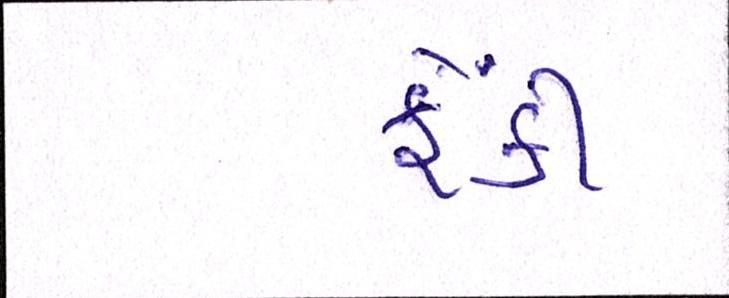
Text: ફેંકી